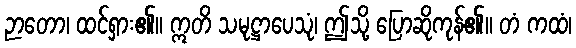
ဉာတော၊ ထင်ရှား၏။ ဣတိ သမုဋ္ဌာပေသုံ၊ ဤသို့ ပြောဆိုကုန်၏။ တံ ကထံ၊